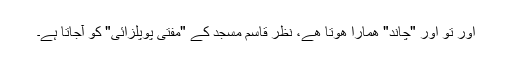
اور تو اور "چاند" ھمارا ھوتا ھے، نظر قاسم مسجد کے "مفتی پوپلزائی" کو آجاتا ہے۔